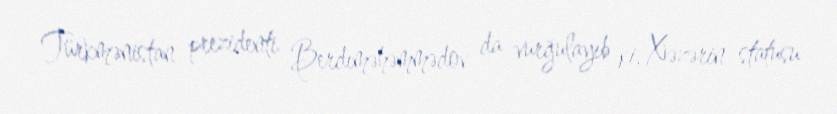
Türkmənistan prezidenti Berdıməhəmmədov da vurğulayıb ki, Xəzərin statusu